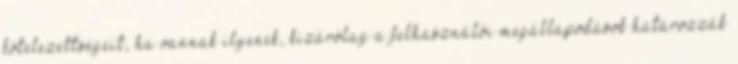
kötelezettségeit, ha vannak ilyenek, kizárólag a felhasználói megállapodások határozzák